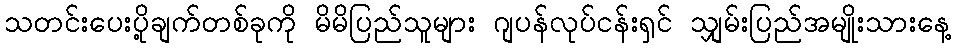
သတင်းပေးပို့ချက်တစ်ခုကို မိမိပြည်သူများ ဂျပန်လုပ်ငန်းရှင် သျှမ်းပြည်အမျိုးသားနေ့